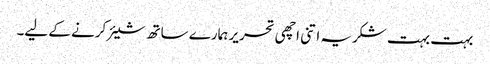
بہت بہت شکریہ اتنی اچھی تحریر ہمارے ساتھ شیئر کرنے کے لیے۔